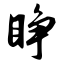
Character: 睁